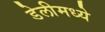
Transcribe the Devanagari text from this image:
डेलीमध्ये